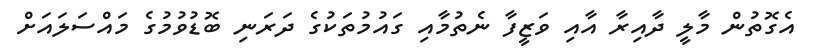
އެގޮތުން މާލީ ދާއިރާ އާއި ވަޒީފާ ނެތުމާއި ގައުމުތަކުގެ ދަރަނި ބޮޑުވުމުގެ މައްސަލައަށް